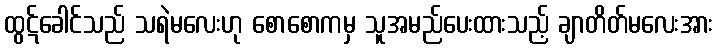
ထွဋ်ခေါင်သည် သရဲမလေးဟု စောစောကမှ သူအမည်ပေးထားသည့် ချာတိတ်မလေးအား